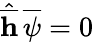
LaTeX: \hat{\overline{{{\mathbf h}}}}\, \overline{{{\psi}}}=0